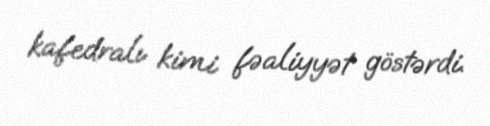
kafedralı kimi fəaliyyət göstərdi.